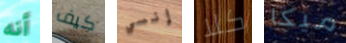
أنه كيف إنسي كلا ميكا